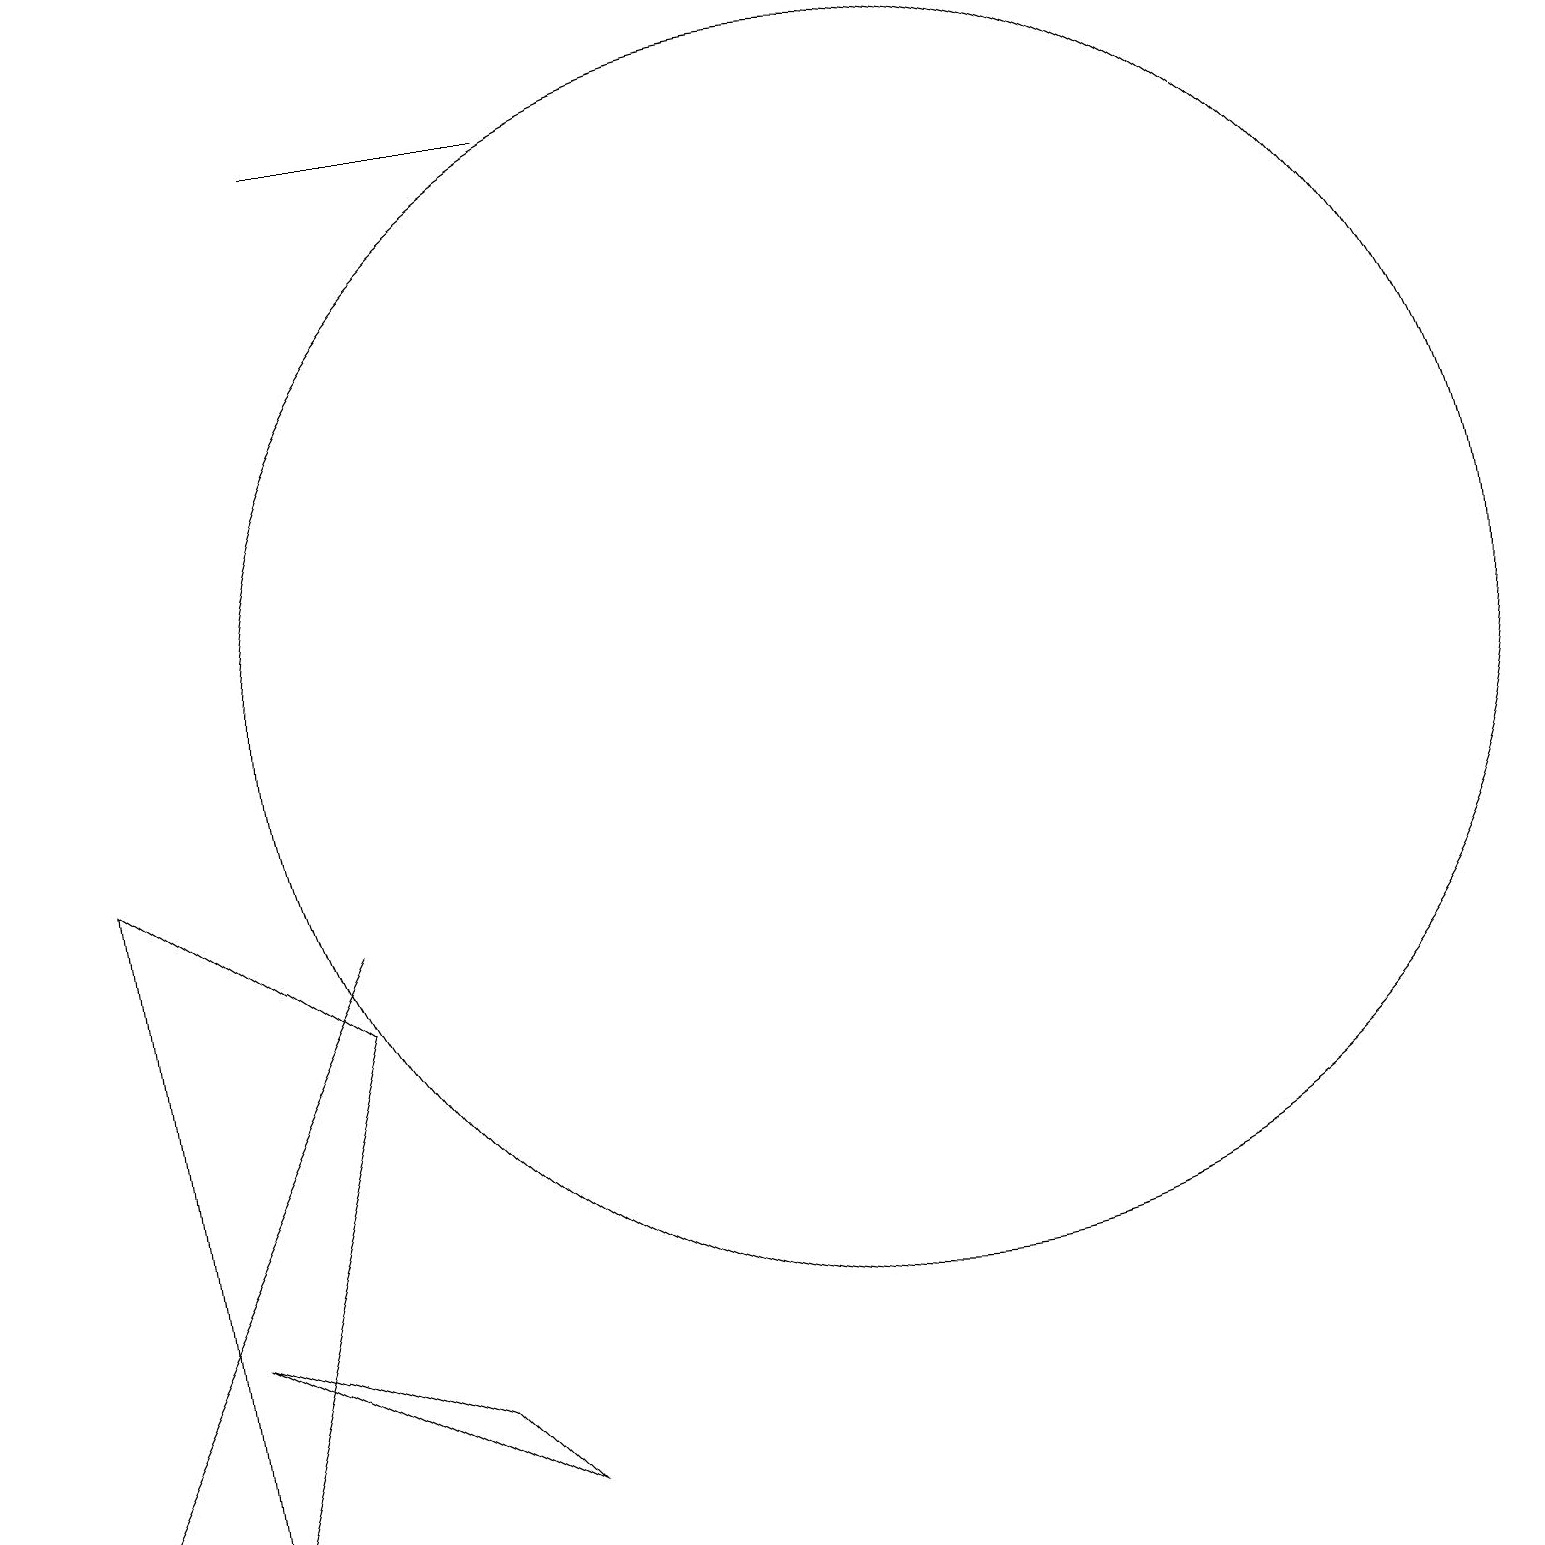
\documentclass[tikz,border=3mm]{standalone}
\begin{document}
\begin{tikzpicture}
\draw (5,2) -- (6,1) -- (2,3) -- cycle;
\draw (4,18) rectangle (7,18);
\draw (11,11) circle (8);
\draw (0,0) -- (0,0) -- (4,8) -- cycle;
\draw (1,9) -- (2,0) -- (4,7) -- cycle;
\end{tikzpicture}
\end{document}